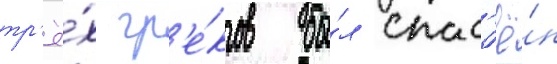
тр'ё́х гр'е́ков бы́л спас'ё́н